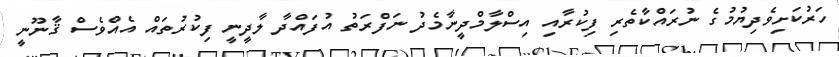
ހަރުކަށިވެދިޔުމުގެ ނުރައްކާތެރި ފިކުރާއި އިސްލާމްދީނާމެދު ނަފްރަތު އުފައްދާ ލާދީނީ ފިކުރުތައް އެއްވެސް ޤާނޫނީ